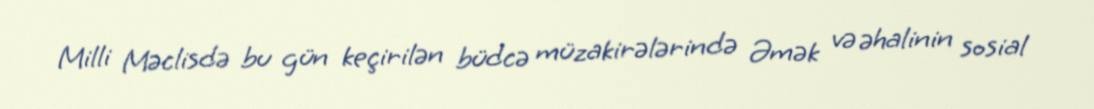
Milli Məclisdə bu gün keçirilən büdcə müzakirələrində Əmək və əhalinin sosial